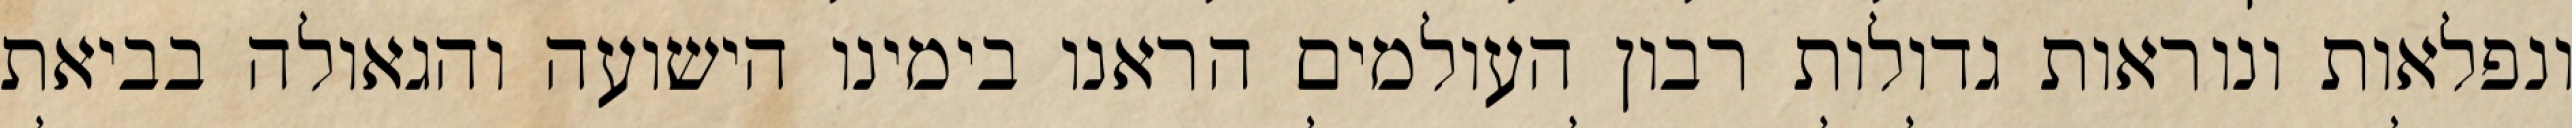
ונפלאות ונוראות גדולות רבון העולמים הראנו בימינו הישועה והגאולה בביאת